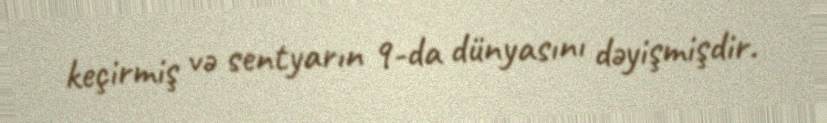
keçirmiş və sentyarın 9-da dünyasını dəyişmişdir.